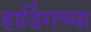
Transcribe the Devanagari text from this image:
हार्डिंगच्या